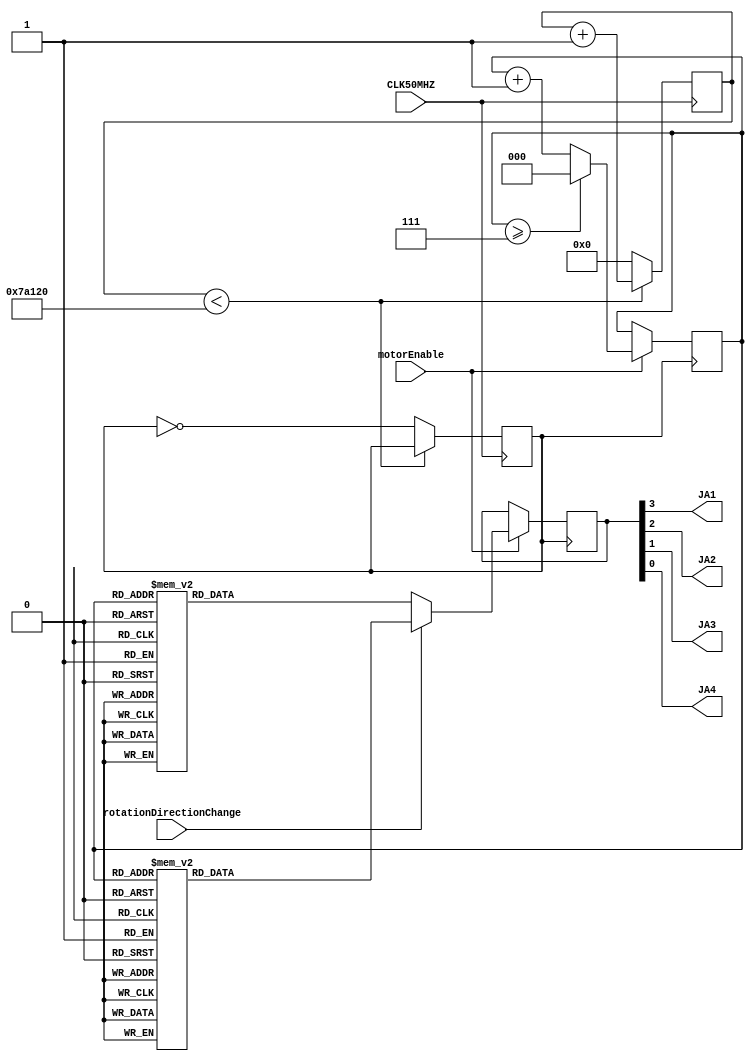
module steppers(JA1, JA2, JA3, JA4, CLK50MHZ, rotationDirectionChange, motorEnable);
    output JA1, JA2, JA3, JA4;
    input CLK50MHZ, rotationDirectionChange, motorEnable;
    assign rotationDirectionChange = SW0;

    assign {JA1, JA2, JA3, JA4} = ctrl;

    reg[3:0] ctrl = 0;
    reg[31:0] divcounter = 0;
    reg[2:0] iterCounter = 0;
    reg CLK100HZ = 0;

    always @(posedge CLK50MHZ) begin
        if (divcounter < 500000) begin // final will prob be between 50000 and 500000
            divcounter <= divcounter + 1;
        end else begin
            divcounter <= 0;
            CLK100HZ <= ~CLK100HZ;
        end
    end
    
    always @(posedge CLK100HZ) begin // other direction
        if (motorEnable) begin
            if (rotationDirectionChange) begin
                case(iterCounter)
                        3'b000 : ctrl = 4'b0100;
                        3'b001 : ctrl = 4'b0110;
                        3'b010 : ctrl = 4'b0010;
                        3'b011 : ctrl = 4'b1010;
                        3'b100 : ctrl = 4'b1000;
                        3'b101 : ctrl = 4'b1001;
                        3'b110 : ctrl = 4'b0001;
                        3'b111 : ctrl = 4'b0101;
                endcase
            end else begin
                case(iterCounter)
                        3'b000 : ctrl = 4'b0100;
                        3'b001 : ctrl = 4'b0101;
                        3'b010 : ctrl = 4'b0001;
                        3'b011 : ctrl = 4'b1001;
                        3'b100 : ctrl = 4'b1000;
                        3'b101 : ctrl = 4'b1010;
                        3'b110 : ctrl = 4'b0010;
                        3'b111 : ctrl = 4'b0110;
                endcase
            end
            if (iterCounter >= 7) begin
                    iterCounter <= 0;
                end else begin
                    iterCounter <= iterCounter + 1;
                end
        end
    end
endmodule